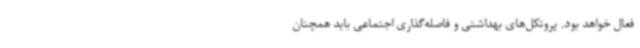
فعال خواهد بود. پروتکل‌های بهداشتی و فاصله‌گذاری اجتماعی باید همچنان